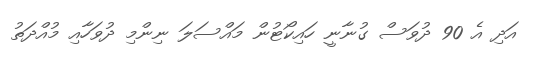
އަދި އެ 90 ދުވަސް ގުނާނީ ހައިކޯޓުން މައްސަލަ ނިންމި ދުވަހާއި މުއްދަތު